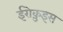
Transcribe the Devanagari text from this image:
ईरोक़ुइस